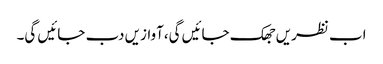
اب نظریں جھک جائیں گی،آوازیں دب جائیں گی۔